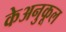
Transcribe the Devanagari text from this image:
केअनुकूल